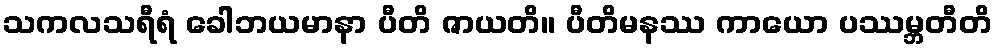
သကလသရီရံ ခေါဘယမာနာ ပီတိ ဇာယတိ။ ပီတိမနဿ ကာယော ပဿမ္ဘတီတိ